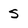
Character: S